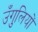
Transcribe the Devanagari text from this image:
उँगुलियों